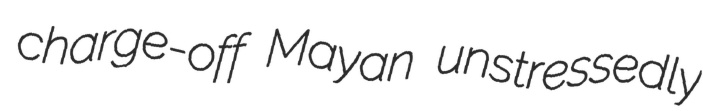
charge-off Mayan unstressedly